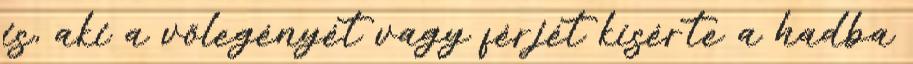
is, aki a vőlegényét vagy férjét kísérte a hadba